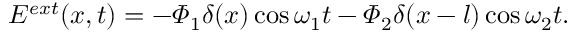
E ^ { e x t } ( x , t ) = - \varPhi _ { 1 } \delta ( x ) \cos \omega _ { 1 } t - \varPhi _ { 2 } \delta ( x - l ) \cos \omega _ { 2 } t .